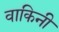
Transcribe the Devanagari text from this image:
वाकिनी